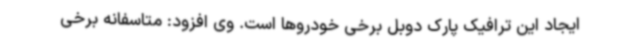
ایجاد این ترافیک پارک دوبل برخی خودروها است. وی افزود: متاسفانه برخی